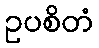
ဥပစိတံ